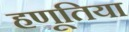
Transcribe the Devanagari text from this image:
हणूतिया